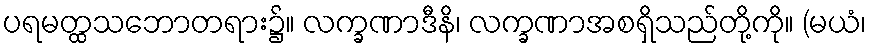
ပရမတ္ထသဘောတရား၌။ လက္ခဏာဒီနိ၊ လက္ခဏာအစရှိသည်တို့ကို။ (မယံ၊